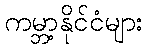
ကမ္ဘာ့နိုင်ငံများ